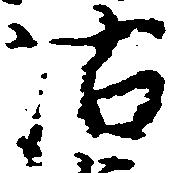
沽